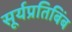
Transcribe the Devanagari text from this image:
सूर्यप्रतिबिंब